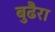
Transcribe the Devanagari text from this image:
बुढैरा